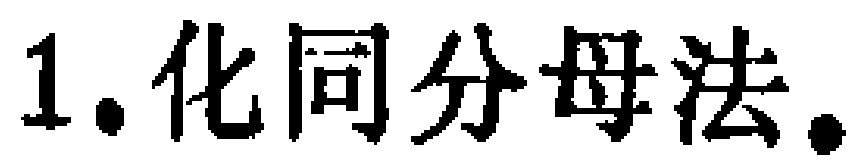
1. 化同分母法.